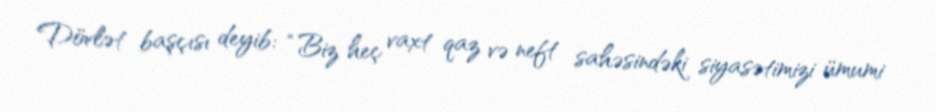
Dövlət başçısı deyib: “Biz heç vaxt qaz və neft sahəsindəki siyasətimizi ümumi